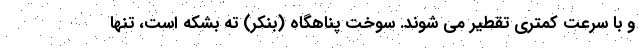
و با سرعت کمتری تقطیر می شوند. سوخت پناهگاه (بنکر) ته بشکه است، تنها